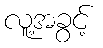
လူ့အခွင့်